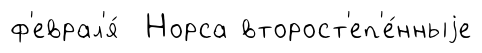
ф'еврал'я́ Норса второст'еп'е́нныjе